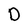
Character: D